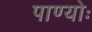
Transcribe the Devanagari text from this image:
पाण्योः